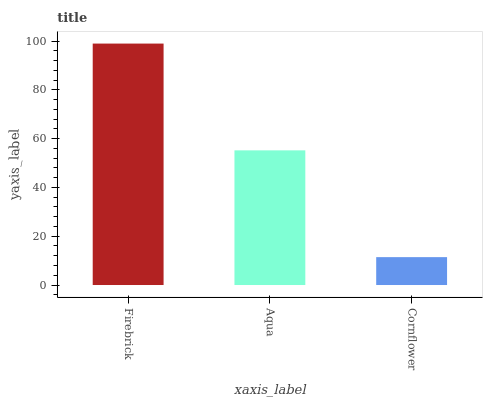
| xaxis_label | bars |
 | --- | --- |
 | Firebrick | 99 |
 | Aqua | 55.2 |
 | Cornflower | 11.4 |